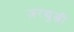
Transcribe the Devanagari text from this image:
ज़रथुश्त्री